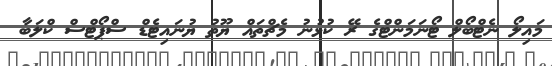
މައިލޯ ނެޓްބޯލް ޓޯނަމަންޓްގެ ރޭ ކުޅުނު މެޗްތައް ޔޫތު ޔުނައިޓެޑް ސްޕޯޓްސް ކްލަބާ